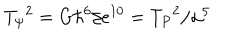
LaTeX: T _ { \psi } { } ^ { 2 } = G \hbar ^ { 6 } / e ^ { 1 0 } = T _ { P } { } ^ { 2 } / \alpha ^ { 5 }